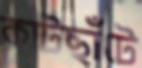
কাটছাঁটে